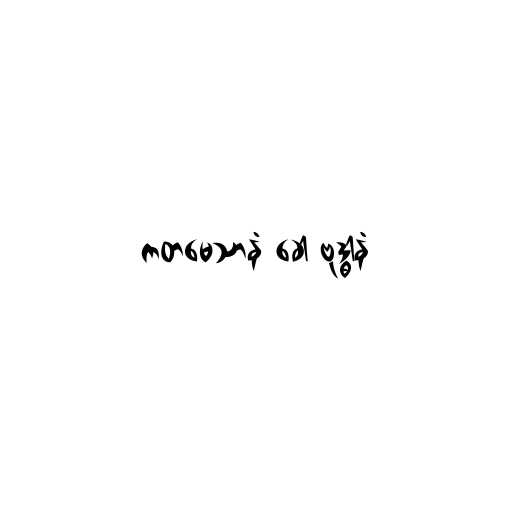
ကတမေသာနံ ခေါ ဗုဒ္ဓါနံ